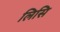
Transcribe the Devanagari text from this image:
लिसि